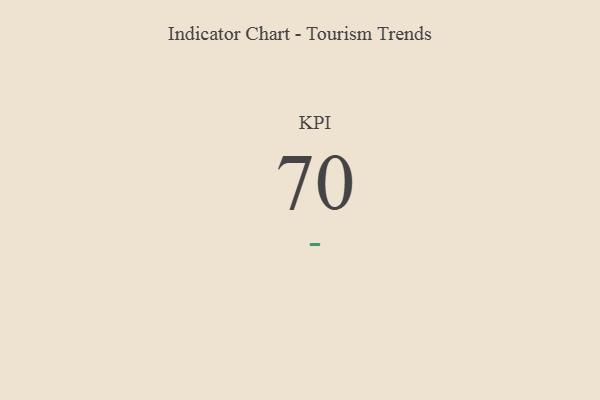
{"axis": {"x": "KPI", "y": "Value"}, "legend": [""], "data": [{"x": "KPI", "y": 70, "type": ""}]}